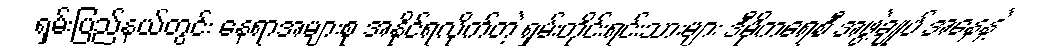
ရှမ်းပြည်နယ်တွင်း နေရာအများစု အနိုင်ရလိုက်တဲ့ ရှမ်းတိုင်းရင်းသားများ ဒီမိုကရေစီ အဖွဲ့ချုပ် အနေနဲ့